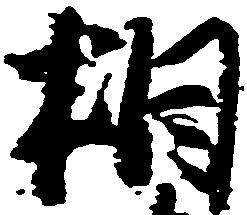
相